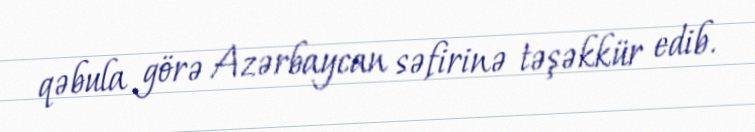
qəbula görə Azərbaycan səfirinə təşəkkür edib.